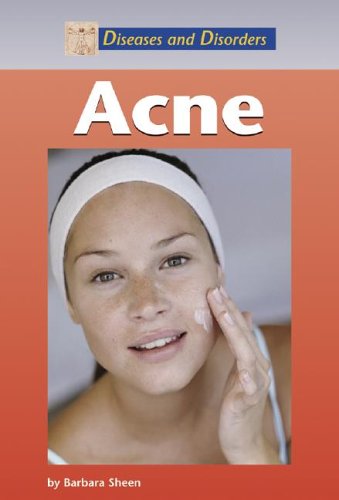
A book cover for Acne (Diseases and Disorders); Eve Bunting; Teen & Young Adult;